NAE_EAA_T-354_Tartu_Tamme_Gumnaasium, lk 23
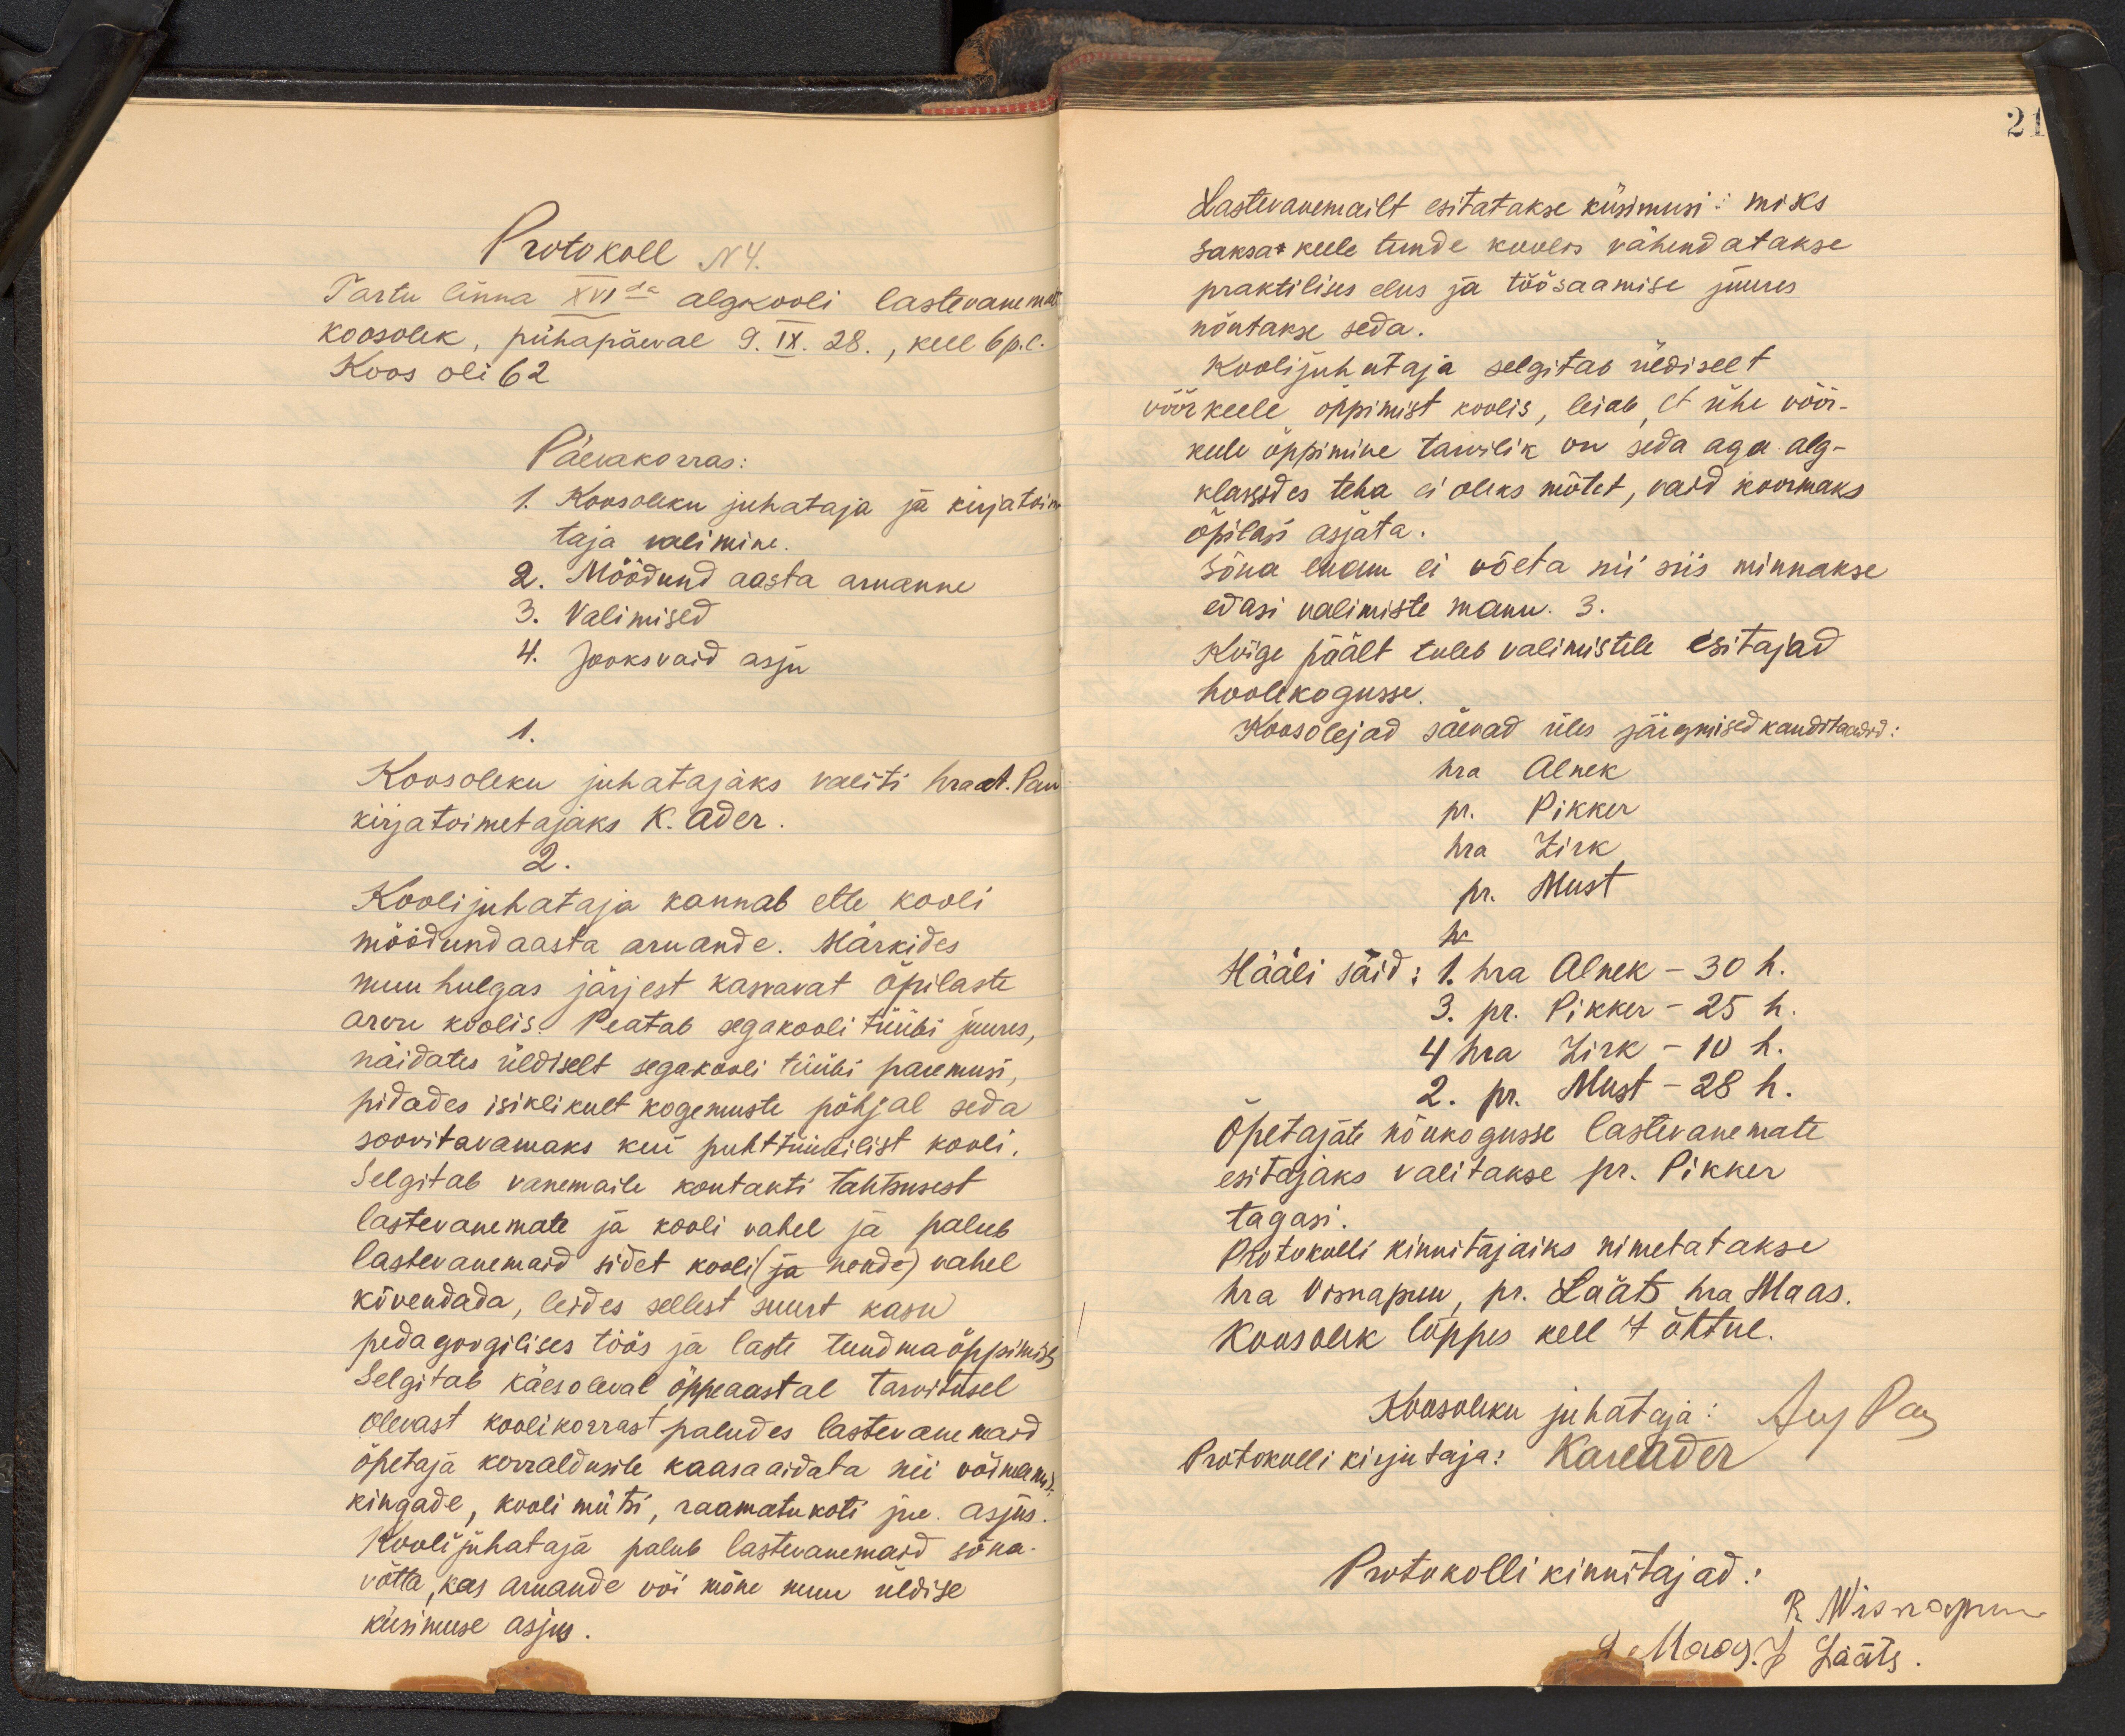
Protokoll N4.
Tartu linna XVIda algkooli lastevanema
koosolek, pühapäeval 9.IX.28., kell 6p.l.
Koos oli 62
Päevakorras:
1. Koosoleku juhataja ja kirjatoime
taja valimine.
2. Möödund aasta aruanne
3. Valimised
4. Jooksvaid asju
1.
Koosoleku juhatajaks valiti hr A. Pau
kirjatoimetajaks K. Ader.
2.
Koolijuhataja kannab ette kooli
möödundaasta aruande. Märkides
muu hulgas järjest kasvavat õpilaste
arvu koolis. Peatab segakooli tüübi juures,
näidates üldiselt segakooli tüübi paremusi.
pidades isiklikult kogemuste põhjal seda
soovitavamaks kui puhttüübilist kooli,
Selgitab vanemaile kontakti tähtsusest
lastevanemate ja kooli vahel ja palub
lastevanemaid sidet kooli vahel
kõvendada, leides sellest suurt kasu
pedagoogilises töös ja laste tundmaõppimises
Selgitab käesoleval õppeaastal tarvitusel
olevast koolikorrast paludes lastevanemaid
õpetaja korraldusile kaasaaidata nii võimani
kingade, kooli mütsi, raamatukoti jne. asjus-
Kooli juhataja palub lastevanemaid sõna-
võtta, kas aruande või mõne muu üldise
küsimuse asjus.

21
Lastevanemailt esitatakse küsimusi: miks
saksa keele tunde koolis vähendatakse.
praktilises elus ja töösaamise juures.
nõutakse seda.
Koolijuhataja selgitab üldiselt
võõrkeele õppimist koolis, leiab, et ühe võõr-
keele õppimine tarvilik on seda aga alg-
klassides teha ei oleks mõtet, vaid koormaks
õpilasi asjata.
Sõna enam ei võeta nii siis minnakse,
edasi valimiste manu. 3.
Kõige päält tuleb valimistele esitajad
hoolekogusse.
Koosolejad säevad üles järgmised kanditaadid:
hra Alnek
pr. Pikker
hra Zirk
pr. Must
Hääli säid: 1. hra Alnek - 30 h.
3. pr. Pikker - 25 h.
4 hra Zirk - 10 h.
2. pr. Must - 28 h.
Õpetajate nõukogusse lastevanemate
esitajaks valitakse pr. Pikker
tagasi.
Protokolli kinnitajaiks nimetatakse.
hra Visnapuu, pr. Lääts hra Maas.
Koosolek lõppes kell 7 õhtul.
Koosoleku juhataja: Aug Pa
Protokolli kirjutaja: Kareader
Protokolli kinnitajad:
R Wisnapuu
Maar. J Lääts.